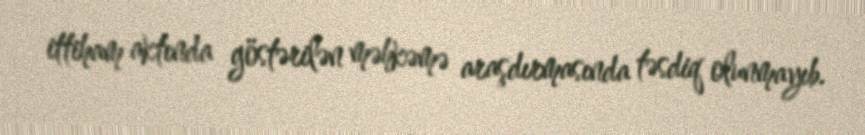
ittiham aktında göstərilən məhkəmə araşdırmasında təsdiq olunmayıb.